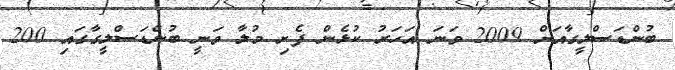
ބުންޑަސްލީގާއަށް 2009 ވަނަ އަހަރު ކުޅެން ފެށި މުލާ ވަނީ ބުންޑަސްލީގާގައި 200